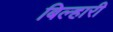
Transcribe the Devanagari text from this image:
बिल्हारी